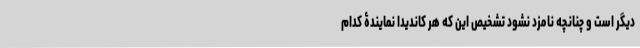
دیگر است و چنانچه نامزد نشود تشخیص این که هر کاندیدا نمایندۀ کدام